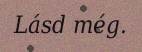
Lásd még.